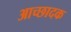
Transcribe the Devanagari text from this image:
आच्छादक